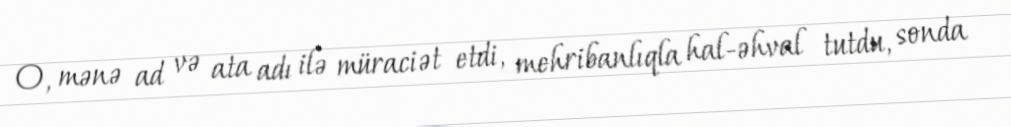
O, mənə ad və ata adı ilə müraciət etdi, mehribanlıqla hal-əhval tutdu, sonda